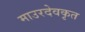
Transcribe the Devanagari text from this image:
माउरदेवकृत